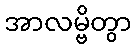
အာလမ္ဗိတွာ